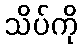
သိပ်ကို